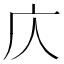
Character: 庂